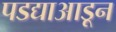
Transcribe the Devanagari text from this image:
पडद्याआडून